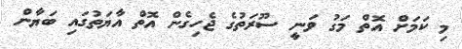
މި ކަމަށް އޮތް މަގު ވަނީ ސޫރަތުގެ ޖެހިގެން އޮތް އާޔަތުގައި ބަޔާން